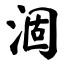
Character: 涸